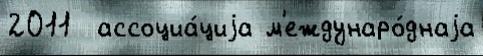
2011  ассоциа́циjа м'еждунаро́днаjа